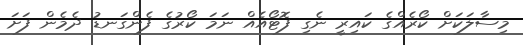
މިސާލަކަށް ކޯރެއްގެ ކައިރީ ނެގި ފޮޓޯއެއް ނަމަ ކޯރުގެ ފެންގަނޑު ދެމެން ފަށަ